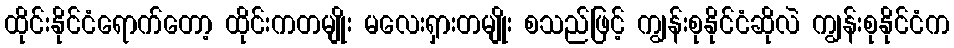
ထိုင်းနိုင်ငံရောက်တော့ ထိုင်းကတမျိုး မလေးရှားတမျိုး စသည်ဖြင့် ကျွန်းစုနိုင်ငံဆိုလဲ ကျွန်းစုနိုင်ငံက